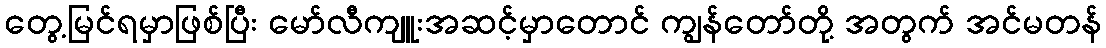
တွေ့မြင်ရမှာဖြစ်ပြီး မော်လီကျူးအဆင့်မှာတောင် ကျွန်တော်တို့ အတွက် အင်မတန်